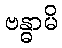
ဗန္ဓာမိ